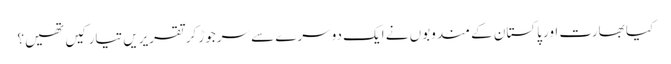
کیا بھارت اور پاکستان کے مندوبوں نے ایک دوسرے سے سرجوڑ کر تقریریں تیار کیں تھیں؟